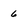
Character: 6